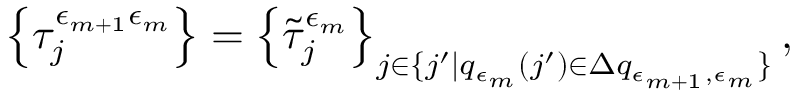
\left\{ \tau _ { j } ^ { \epsilon _ { m + 1 } \epsilon _ { m } } \right\} = \left\{ \tilde { \tau } _ { j } ^ { \epsilon _ { m } } \right\} _ { j \in \{ j ^ { \prime } | q _ { \epsilon _ { m } } ( j ^ { \prime } ) \in \Delta q _ { \epsilon _ { m + 1 } , \epsilon _ { m } } \} } ,